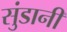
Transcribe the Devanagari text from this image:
सुंडानी